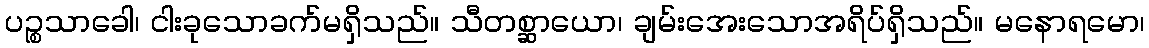
ပဉ္စသာခေါ၊ ငါးခုသောခက်မရှိသည်။ သီတစ္ဆာယော၊ ချမ်းအေးသောအရိပ်ရှိသည်။ မနောရမော၊